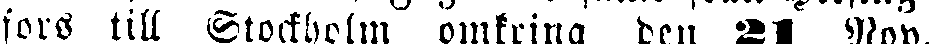
fors till Stockholm omkring den 21 Nov.